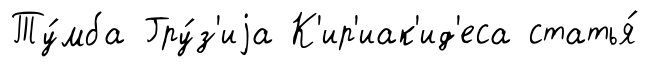
Ту́мба Гру́з'иjа К'ир'иак'ид'еса статья́